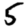
Digit: 5